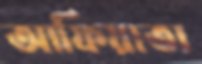
আফিয়াতা